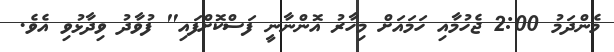
މެންދަމު 2:00 ޖެހުމާއި ހަމައަށް މިހާރު އޮންނާނީ ފަސްކޮށްފައި" ފުވާދު ވިދާޅުވި އެވެ.